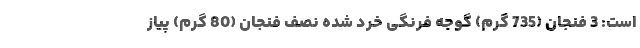
است: 3 فنجان (735 گرم) گوجه فرنگی خرد شده نصف فنجان (80 گرم) پیاز